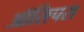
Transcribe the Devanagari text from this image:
ऑसिपस